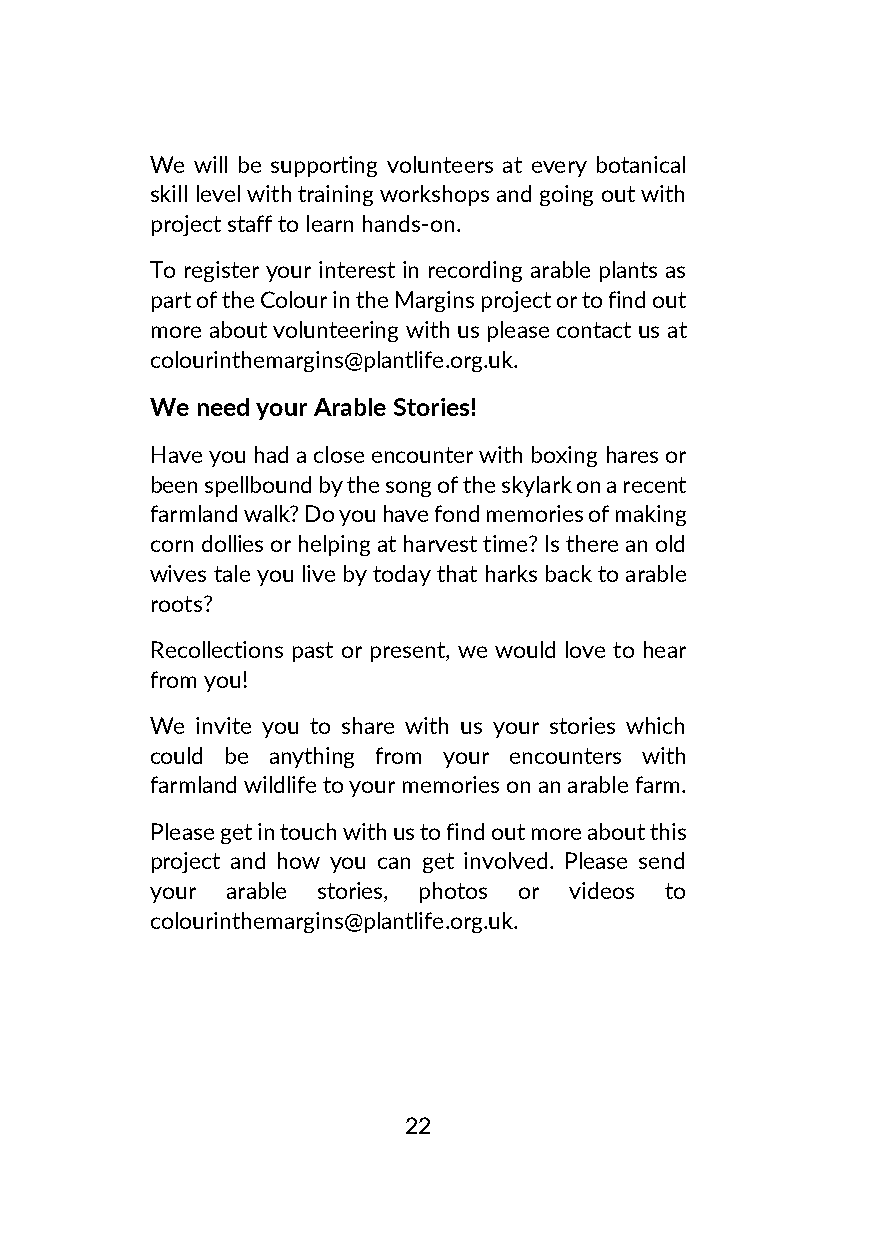
We will be supporting volunteers at every botanical
 skill level with training workshops and going out with
 project staff to learn hands-on.
 To register your interest in recording arable plants as
 part of the Colour in the Margins project or to find out
 more about volunteering with us please contact us at
 colourinthemargins@plantlife.org.uk.
 We need your Arable Stories!
 Have you had a close encounter with boxing hares or
 been spellbound by the song of the skylark on a recent
 farmland walk? Do you have fond memories of making
 corn dollies or helping at harvest time? Is there an old
 wives tale you live by today that harks back to arable
 roots?
 Recollections past or present, we would love to hear
 from you!
 We invite you to share with us your stories which
 could be anything from your encounters with
 farmland wildlife to your memories on an arable farm.
 Please get in touch with us to find out more about this
 project and how you can get involved. Please send
 your arable stories, photos or videos to
 colourinthemargins@plantlife.org.uk.
 22